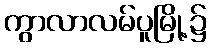
ကွာလာလမ်ပူမြို့၌